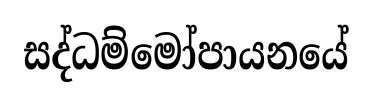
සද්ධම්මෝපායනයේ